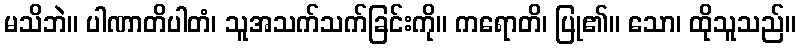
မသိဘဲ။ ပါဏာတိပါတံ၊ သူအသက်သက်ခြင်းကို။ ကရောတိ၊ ပြု၏။ သော၊ ထိုသူသည်။